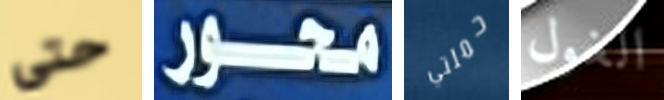
حتى محور حملتي الغول